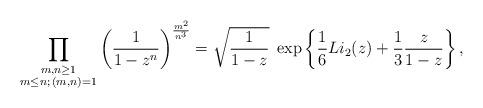
LaTeX: \begin{align*} \prod_{\substack{m,n \geq 1 \\ m \leq n ; \, (m,n)=1}} \left( \frac{1}{1-z^n} \right)^{\frac{m^2 }{n^3}} = \sqrt{\frac{1}{1-z}} \; \exp\left\{\frac{1}{6} Li_2(z) + \frac{1}{3}\frac{z}{1-z} \right\},\end{align*}